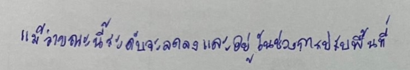
แม้ว่าขณะนี้ระดับจะลดลงและอยู่ในช่วงการปรับพื้นที่